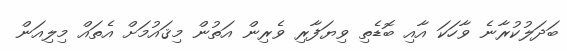
ބަދަލުކުރާނެ ވާހަކަ އާއި ބޮޑެތި ވިޔަފާރި ވެރިން އަތުން މިޤައުމަށް އެތައް މިލިއަން